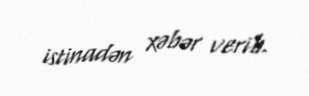
istinadən xəbər verib.